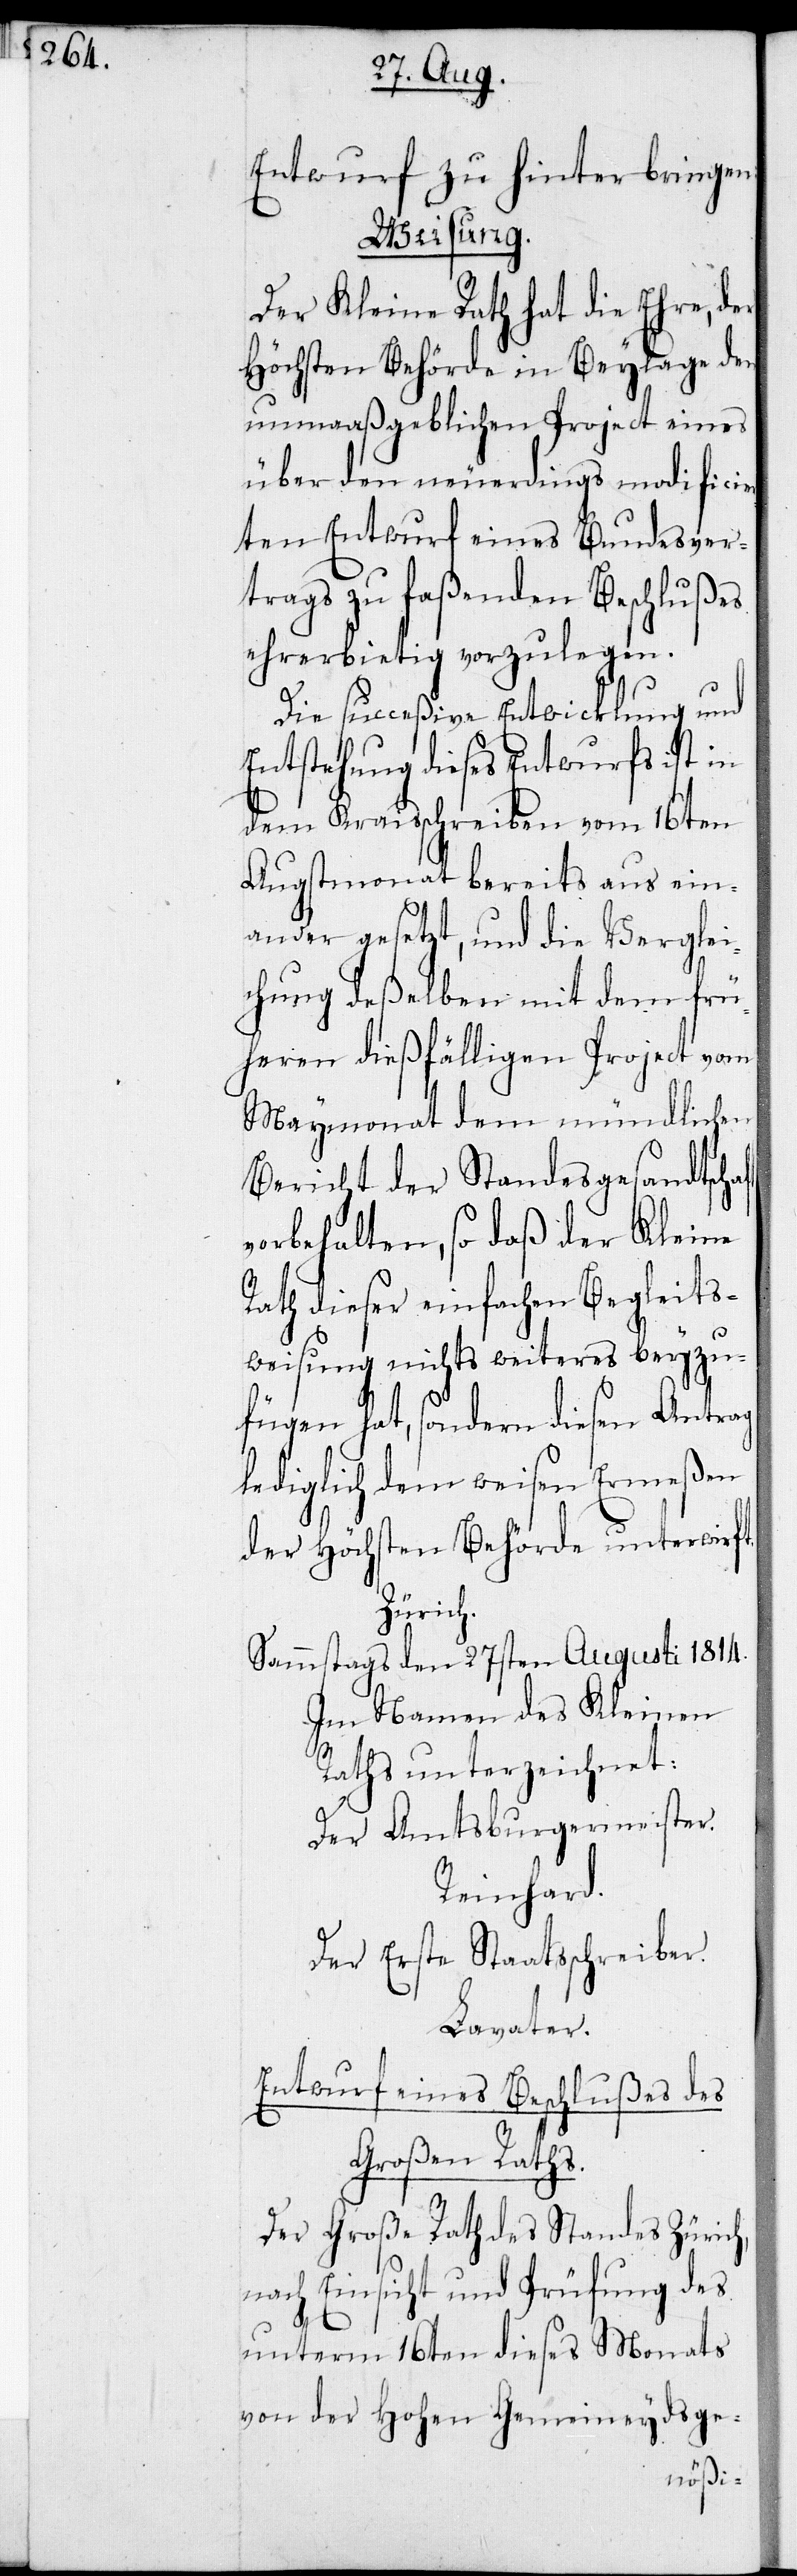
Entwurf zu hinterbringen:
Weisung.
Der Kleine Rath hat die Ehre, der
Höchsten Behörde in Beylage den
unmaaßgeblichen Project eines
über den neuerdings modificie¬
rten Entwurf eines Bundesver¬
trags zu faßenden Beschlußes
ehrerbietig vorzulegen.
Die succeßive Entwicklung und
Entstehung dieses Entwurfs ist in
dem Kraisschreiben vom 16ten
Augstmonat bereits ausein¬
ander gesetzt, und die Verglei¬
chung deßelben mit dem frü¬
heren dießfälligen Project vom
Maymonat dem mündlichen
Bericht der Standesgesandtschaft
vorbehalten, so daß der Kleine
Rath dieser einfachen Begleits¬
weisung nichts weiteres beyzu¬
fügen hat, sondern diesen Antrag
lediglich dem weisen Ermeßen
der Höchsten Behörde unterwirft.
Zürich.
Sammstags den 27sten Augsuti 1814.
Im Namen des Kleinen
Raths unterzeichnet:
Der Amtsburgermeister.
Reinhard.
Der Erste Staatsschreiber.
Lavater.
Entwurf eines Beschlußes des
Großen Raths.
Der Große Rath des Standes Zürich,
nach Einsicht und Prüfung des
unterm 16ten dieses Monats
von der Hohen gemeineydsge-